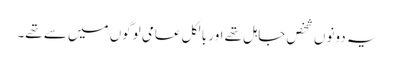
یہ دونوں شخص جاہل تھے اور بالکل عامی لوگوں میں سے تھے۔